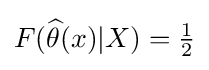
F({\widehat {\theta }}(x)|X)={\tfrac {1}{2}}